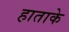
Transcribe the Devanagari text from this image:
हाताके